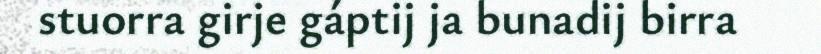
stuorra girje gáptij ja bunadij birra